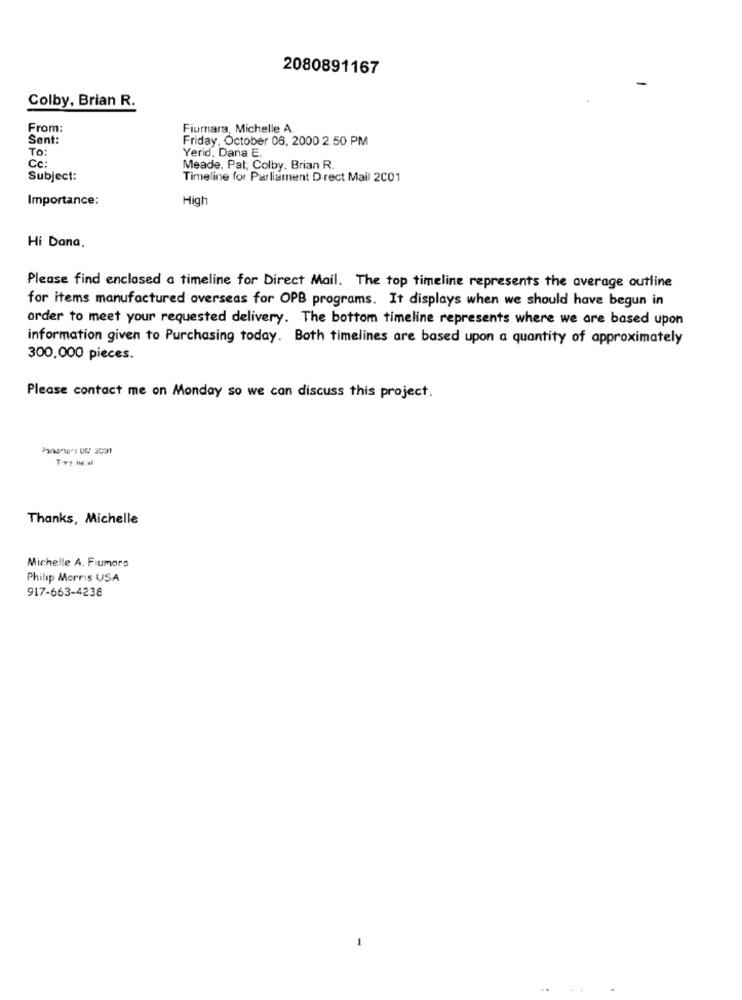
2080891167
Colby, Brian R.
From:
Fiumara, Michelle A
Sent:
Friday, October 06, 2000 2.50 PM
To:
Yerid, Dana E.
Cc:
Meade. Pat; Colby. Brian R.
Subject:
Timeline for Parliament Direct Mail 2001
Importance:
High
Hi Dana,
Please find enclosed a timeline for Direct Mail. The top timeline represents the average outline
for items manufactured overseas for OPB programs. It displays when we should have begun in
order to meet your requested delivery. The bottom timeline represents where we are based upon
information given to Purchasing today. Both timelines are based upon a quantity of approximately
300,000 pieces.
Please contact me on Monday so we can discuss this project.
Try ne.al
Thanks, Michelle
Michelle A. Fiumara
Philip Morris USA
917-663-4238
..